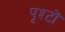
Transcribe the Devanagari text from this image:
पृश्टों